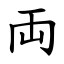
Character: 両